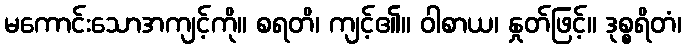
မကောင်းသောအကျင့်ကို။ စရတိ၊ ကျင့်၏။ ဝါစာယ၊ နှုတ်ဖြင့်။ ဒုစ္စရိတံ၊